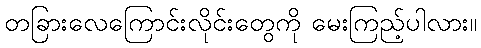
တခြားလေကြောင်းလိုင်းတွေကို မေးကြည့်ပါလား။